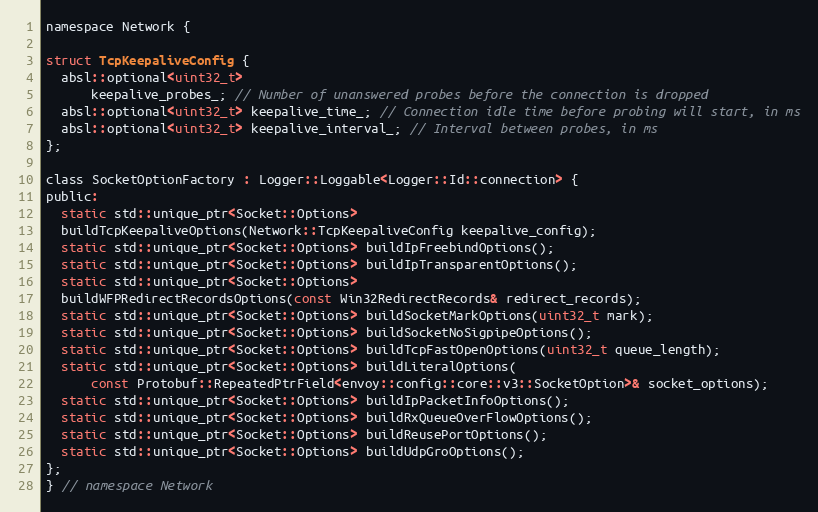
Language: C
namespace Network {

struct TcpKeepaliveConfig {
  absl::optional<uint32_t>
      keepalive_probes_; // Number of unanswered probes before the connection is dropped
  absl::optional<uint32_t> keepalive_time_; // Connection idle time before probing will start, in ms
  absl::optional<uint32_t> keepalive_interval_; // Interval between probes, in ms
};

class SocketOptionFactory : Logger::Loggable<Logger::Id::connection> {
public:
  static std::unique_ptr<Socket::Options>
  buildTcpKeepaliveOptions(Network::TcpKeepaliveConfig keepalive_config);
  static std::unique_ptr<Socket::Options> buildIpFreebindOptions();
  static std::unique_ptr<Socket::Options> buildIpTransparentOptions();
  static std::unique_ptr<Socket::Options>
  buildWFPRedirectRecordsOptions(const Win32RedirectRecords& redirect_records);
  static std::unique_ptr<Socket::Options> buildSocketMarkOptions(uint32_t mark);
  static std::unique_ptr<Socket::Options> buildSocketNoSigpipeOptions();
  static std::unique_ptr<Socket::Options> buildTcpFastOpenOptions(uint32_t queue_length);
  static std::unique_ptr<Socket::Options> buildLiteralOptions(
      const Protobuf::RepeatedPtrField<envoy::config::core::v3::SocketOption>& socket_options);
  static std::unique_ptr<Socket::Options> buildIpPacketInfoOptions();
  static std::unique_ptr<Socket::Options> buildRxQueueOverFlowOptions();
  static std::unique_ptr<Socket::Options> buildReusePortOptions();
  static std::unique_ptr<Socket::Options> buildUdpGroOptions();
};
} // namespace Network